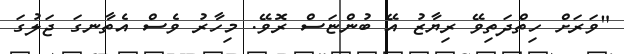
"ވަރަށް ހިތްދަތިވޭ ރިޔާޒު އޭ ބުންޏަސް ރޮވޭ. މިހާރު ވެސް އެތާނގަ ޖަލުގަ